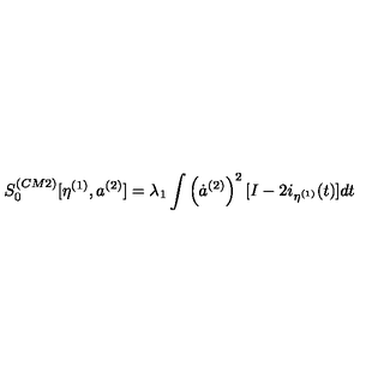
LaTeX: S _ { 0 } ^ { ( C M 2 ) } [ \eta ^ { ( 1 ) } , a ^ { ( 2 ) } ] = \lambda _ { 1 } \int \left( \dot { a } ^ { ( 2 ) } \right) ^ { 2 } [ I - 2 i _ { \eta ^ { ( 1 ) } } ( t ) ] d t